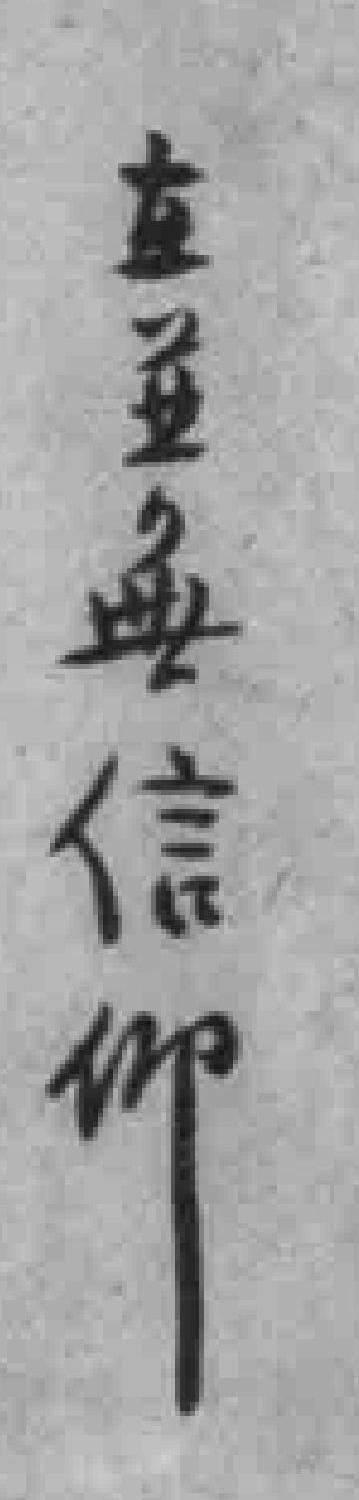
在並無信仰